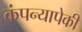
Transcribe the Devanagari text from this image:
कंपन्यापेकी